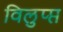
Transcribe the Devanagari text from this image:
विलुप्प्त